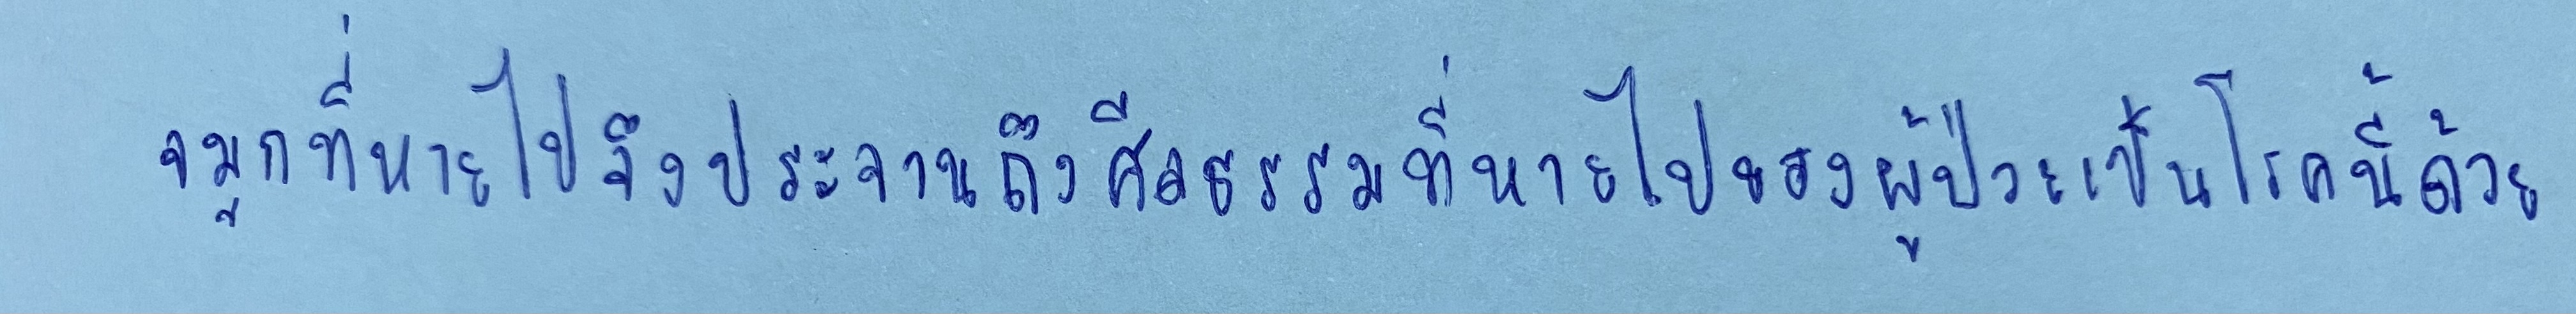
จมูกที่หายไปจึงประจานถึงศีลธรรมที่หายไปของผู้ป่วยเป็นโรคนี้ด้วย